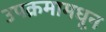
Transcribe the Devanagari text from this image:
उपक्रमामधून